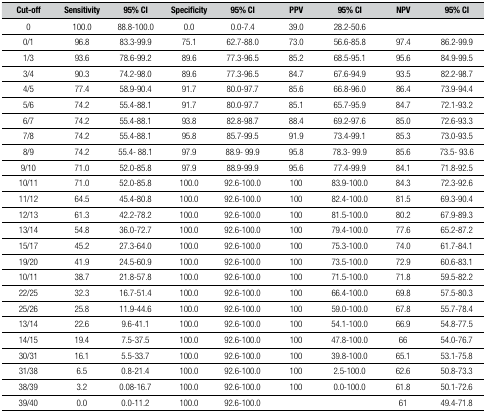
<table><thead><tr><td><b>Cut-off</b></td><td><b>Sensitivity</b></td><td><b>95% CI </b></td><td><b>Specificity</b></td><td><b>95% CI</b></td><td><b>PPV</b></td><td><b>95% CI</b></td><td><b>NPV</b></td><td><b>95% CI</b></td></tr></thead><tbody><tr><td>0</td><td>100.0</td><td>88.8-100.0</td><td>0.0</td><td>0.0-7.4</td><td>39.0</td><td>28.2-50.6</td><td> </td><td> </td></tr><tr><td>0/1</td><td>96.8</td><td>83.3-99.9</td><td>75.1</td><td>62.7-88.0</td><td>73.0</td><td>56.6-85.8</td><td>97.4</td><td>86.2-99.9</td></tr><tr><td>1/3</td><td>93.6</td><td>78.6-99.2</td><td>89.6</td><td>77.3-96.5</td><td>85.2</td><td>68.5-95.1</td><td>95.6</td><td>84.9-99.5</td></tr><tr><td>3/4</td><td>90.3</td><td>74.2-98.0</td><td>89.6</td><td>77.3-96.5</td><td>84.7</td><td>67.6-94.9</td><td>93.5</td><td>82.2-98.7</td></tr><tr><td>4/5</td><td>77.4</td><td>58.9-90.4</td><td>91.7</td><td>80.0-97.7</td><td>85.6</td><td>66.8-96.0</td><td>86.4</td><td>73.9-94.4</td></tr><tr><td>5/6</td><td>74.2</td><td>55.4-88.1</td><td>91.7</td><td>80.0-97.7</td><td>85.1</td><td>65.7-95.9</td><td>84.7</td><td>72.1-93.2</td></tr><tr><td>6/7</td><td>74.2</td><td>55.4-88.1</td><td>93.8</td><td>82.8-98.7</td><td>88.4</td><td>69.2-97.6</td><td>85.0</td><td>72.6-93.3</td></tr><tr><td>7/8</td><td>74.2</td><td>55.4-88.1</td><td>95.8</td><td>85.7-99.5</td><td>91.9</td><td>73.4-99.1</td><td>85.3</td><td>73.0-93.5</td></tr><tr><td>8/9</td><td>74.2</td><td>55.4- 88.1</td><td>97.9</td><td>88.9- 99.9</td><td>95.8</td><td>78.3- 99.9</td><td>85.6</td><td>73.5- 93.6</td></tr><tr><td>9/10</td><td>71.0</td><td>52.0-85.8</td><td>97.9</td><td>88.9-99.9</td><td>95.6</td><td>77.4-99.9</td><td>84.1</td><td>71.8-92.5</td></tr><tr><td>10/11</td><td>71.0</td><td>52.0-85.8</td><td>100.0</td><td>92.6-100.0</td><td>100</td><td>83.9-100.0</td><td>84.3</td><td>72.3-92.6</td></tr><tr><td>11/12</td><td>64.5</td><td>45.4-80.8</td><td>100.0</td><td>92.6-100.0</td><td>100</td><td>82.4-100.0</td><td>81.5</td><td>69.3-90.4</td></tr><tr><td>12/13</td><td>61.3</td><td>42.2-78.2</td><td>100.0</td><td>92.6-100.0</td><td>100</td><td>81.5-100.0</td><td>80.2</td><td>67.9-89.3</td></tr><tr><td>13/14</td><td>54.8</td><td>36.0-72.7</td><td>100.0</td><td>92.6-100.0</td><td>100</td><td>79.4-100.0</td><td>77.6</td><td>65.2-87.2</td></tr><tr><td>15/17</td><td>45.2</td><td>27.3-64.0</td><td>100.0</td><td>92.6-100.0</td><td>100</td><td>75.3-100.0</td><td>74.0</td><td>61.7-84.1</td></tr><tr><td>19/20</td><td>41.9</td><td>24.5-60.9</td><td>100.0</td><td>92.6-100.0</td><td>100</td><td>73.5-100.0</td><td>72.9</td><td>60.6-83.1</td></tr><tr><td>10/11</td><td>38.7</td><td>21.8-57.8</td><td>100.0</td><td>92.6-100.0</td><td>100</td><td>71.5-100.0</td><td>71.8</td><td>59.5-82.2</td></tr><tr><td>22/25</td><td>32.3</td><td>16.7-51.4</td><td>100.0</td><td>92.6-100.0</td><td>100</td><td>66.4-100.0</td><td>69.8</td><td>57.5-80.3</td></tr><tr><td>25/26</td><td>25.8</td><td>11.9-44.6</td><td>100.0</td><td>92.6-100.0</td><td>100</td><td>59.0-100.0</td><td>67.8</td><td>55.7-78.4</td></tr><tr><td>13/14</td><td>22.6</td><td>9.6-41.1</td><td>100.0</td><td>92.6-100.0</td><td>100</td><td>54.1-100.0</td><td>66.9</td><td>54.8-77.5</td></tr><tr><td>14/15</td><td>19.4</td><td>7.5-37.5</td><td>100.0</td><td>92.6-100.0</td><td>100</td><td>47.8-100.0</td><td>66</td><td>54.0-76.7</td></tr><tr><td>30/31</td><td>16.1</td><td>5.5-33.7</td><td>100.0</td><td>92.6-100.0</td><td>100</td><td>39.8-100.0</td><td>65.1</td><td>53.1-75.8</td></tr><tr><td>31/38</td><td>6.5</td><td>0.8-21.4</td><td>100.0</td><td>92.6-100.0</td><td>100</td><td>2.5-100.0</td><td>62.6</td><td>50.8-73.3</td></tr><tr><td>38/39</td><td>3.2</td><td>0.08-16.7</td><td>100.0</td><td>92.6-100.0</td><td>100</td><td>0.0-100.0</td><td>61.8</td><td>50.1-72.6</td></tr><tr><td>39/40</td><td>0.0</td><td>0.0-11.2</td><td>100.0</td><td>92.6-100.0</td><td> </td><td> </td><td>61</td><td>49.4-71.8</td></tr></tbody></table>